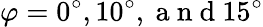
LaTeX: \varphi={0^{\circ},10^{\circ},\mathrm{~a~n~d~}15^{\circ}}